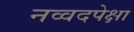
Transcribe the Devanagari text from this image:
नव्वदपेक्षा